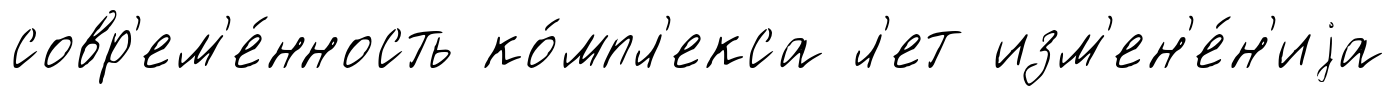
совр'ем'е́нность ко́мпл'екса л'ет изм'ен'е́н'иjа